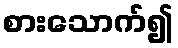
စားသောက်၍